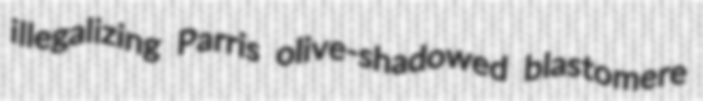
illegalizing Parris olive-shadowed blastomere